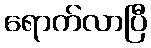
ရောက်လာပြီ